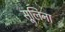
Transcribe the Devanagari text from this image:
सूलिना